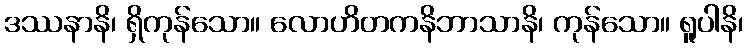
ဒဿနာနိ၊ ရှိကုန်သော။ လောဟိတကနိဘာသာနိ၊ ကုန်သော။ ရူပါနိ၊